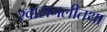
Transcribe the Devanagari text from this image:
श्वासनलीतथा